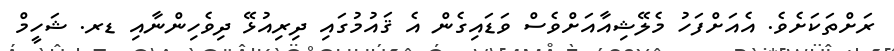
ރަށްތަކަށެވެ. އެއަށްފަހު މެލޭޝިއާއަށްވެސް ވަޑައިގެން އެ ޤައުމުގައި ދިރިއުޅޭ ދިވެހިންނާއި ޑރ. ޝަހީމް